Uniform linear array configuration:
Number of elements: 64
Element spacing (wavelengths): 0.5
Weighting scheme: hann
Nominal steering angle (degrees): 60
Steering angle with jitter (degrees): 58.693
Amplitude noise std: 0.05
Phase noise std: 0.05

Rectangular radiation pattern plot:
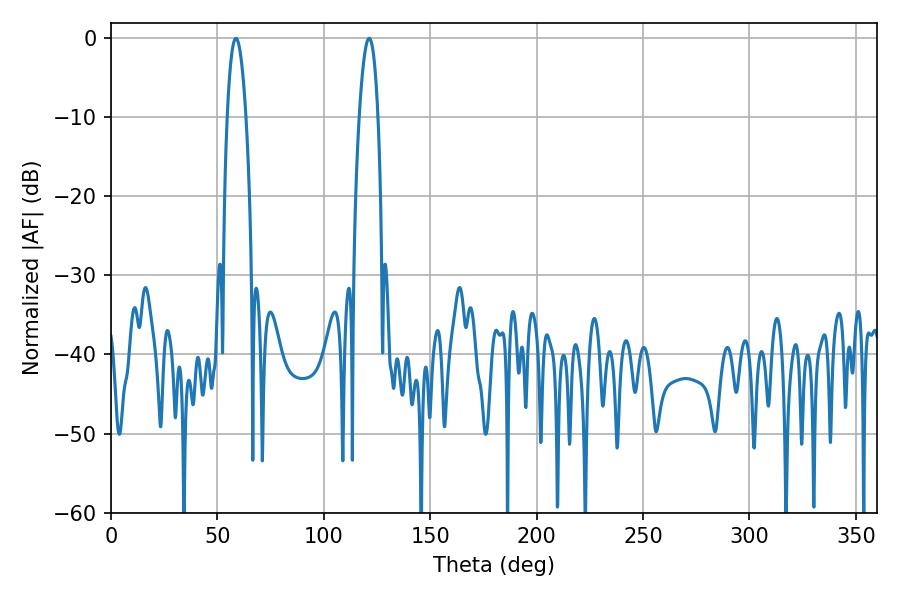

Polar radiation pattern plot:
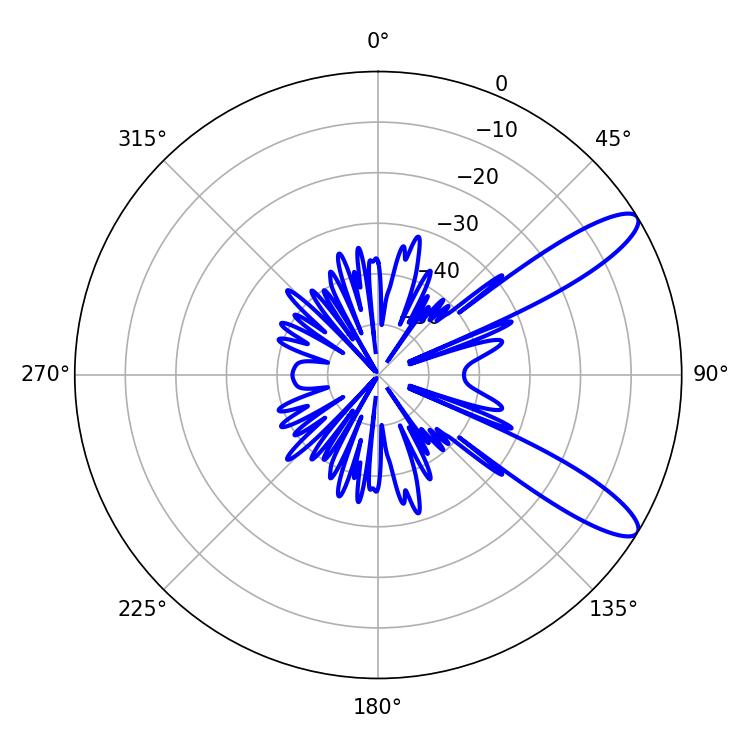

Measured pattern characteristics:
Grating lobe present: FALSE
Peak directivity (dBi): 11.048
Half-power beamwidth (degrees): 4.86
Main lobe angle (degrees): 58.68